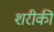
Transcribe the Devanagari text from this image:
शरीकी